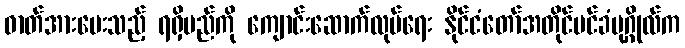
ဓာတ်အားပေးသည့် ရရှိမည်ကို ကျောင်းဆောက်လုပ်ရေး နိုင်ငံတော်အတိုင်ပင်ခံပုဂ္ဂိုလ်က